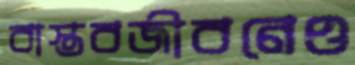
বাস্তবজীবনেও